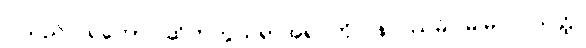
ငါသည်။ ရဟော၊ ဆိတ်ကွယ်ရာအရပ်ကို။ နပဿမိ၊ မမြင်။ ယတ္ထ၊